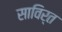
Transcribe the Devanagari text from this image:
साविर्त